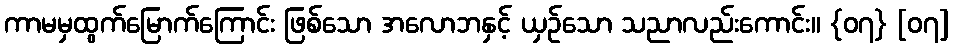
ကာမမှထွက်မြောက်ကြောင်း ဖြစ်သော အလောဘနှင့် ယှဉ်သော သညာလည်းကောင်း။ {၀၇} [၀၇]